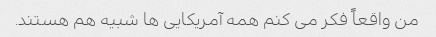
من واقعاً فکر می کنم همه آمریکایی ها شبیه هم هستند.